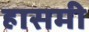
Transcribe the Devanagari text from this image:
हासमी